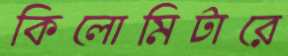
কিলোমিটারে